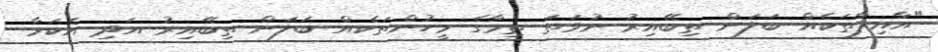
"އާއިލާތަކެއް ބަލަން ތިބޭއިރު ނުވަތަ ތިމާގެ މީހުންތަކެއް ބަލަން ތިބޭއިރު އަދި އެކަމާ